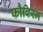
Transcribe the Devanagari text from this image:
फौविस्म